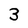
Character: 3